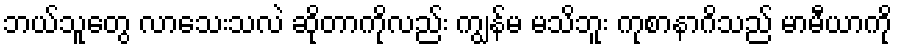
ဘယ်သူတွေ လာသေးသလဲ ဆိုတာကိုလည်း ကျွန်မ မသိဘူး ကုစာနာဂိသည် မာမီယာကို